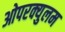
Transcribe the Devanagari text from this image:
ओपरक्युलम